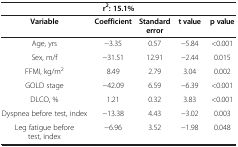
| <COLSPAN=5> r2: 15.1% |
 | Variable | Coefficient | Standard error | t value | p value |
 | --- | --- | --- | --- | --- |
 | Age, yrs | -3.35 | 0.57 | -5.84 | <0.001 |
 | Sex, m/f | -31.51 | 12.91 | -2.44 | 0.015 |
 | FFMI, kg/m2 | 8.49 | 2.79 | 3.04 | 0.002 |
 | GOLD stage | -42.09 | 6.59 | -6.39 | <0.001 |
 | DLCO, % | 1.21 | 0.32 | 3.83 | <0.001 |
 | Dyspnea before test, index | -13.38 | 4.43 | -3.02 | 0.003 |
 | Leg fatigue before test, index | -6.96 | 3.52 | -1.98 | 0.048 |